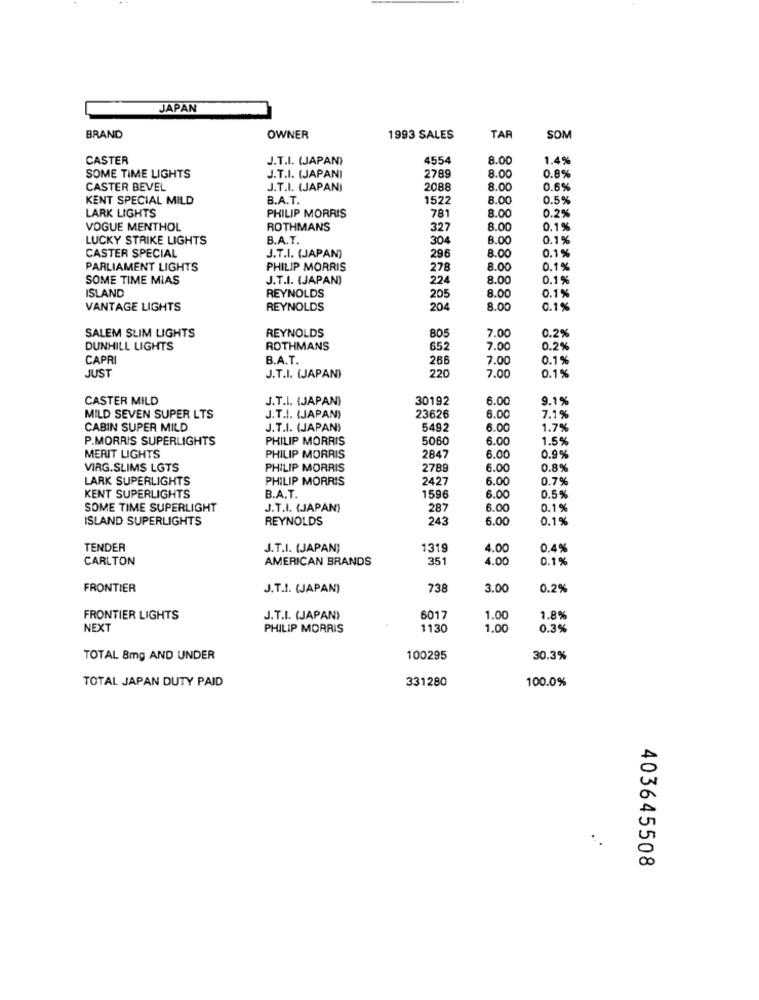
JAPAN
BRAND
OWNER
1993 SALES
TAR
SOM
CASTER
J.T.I. (JAPAN)
4554
8.00
1.4%
8.00
SOME TIME LIGHTS
J.T.I. (JAPANI
278
0.8%
CASTER BEVEL
J.T.I. (JAPAN)
2088
8.00
0.6%
KENT SPECIAL MILD
B.A.T.
1522
8.00
0.5%
LARK LIGHTS
PHILIP MORRIS
781
8.00
0.2%
VOGUE MENTHOL
ROTHMANS
327
8.00
0.1%
LUCKY STRIKE LIGHTS
B.A.T.
304
8.00
0.1%
0.1%
CASTER SPECIAL
J.T.I. (JAPAN)
296
8.00
PARLIAMENT LIGHTS
PHILIP MORRIS
278
8.00
0.1%
SOME TIME MIAS
J.T.I. (JAPAN)
224
8.00
0.1%
ISLAND
8.00
REYNOLDS
205
0.1%
VANTAGE LIGHTS
REYNOLDS
204
8.00
0.1%
REYNOLDS
805
SALEM SLIM LIGHTS
7.00
0.2%
DUNHILL LIGHTS
ROTHMANS
652
7.00
0.2%
CAPRI
B.A.T.
266
7.00
0.1%
JUST
220
7.00
0.1%
J.T.I. (JAPAN)
CASTER MILD
J.T.I. (JAPAN)
30192
6.0
9.1%
MILD SEVEN SUPER LTS
J.T.I. (JAPAN)
23626
6.00
7.1%
CABIN SUPER MILD
J.T.I. (JAPAN)
5492
6.0
1.7%
P.MORRIS SUPERLIGHTS
PHILIP MORRIS
5060
6.00
1.5%
MERIT LIGHTS
PHILIP MORRIS
2847
6.00
0.9%
VIRG.SLIMS LGTS
PHILIP MORRIS
2789
6.00
0.8%
LARK SUPERLIGHTS
PHILIP MORRIS
2427
6.0
0.79
KENT SUPERLIGHTS
B.A.T.
1596
6.0
0.5%
SOME TIME SUPERLIGHT
J.T.I. (JAPAN)
287
6.00
0.1%
ISLAND SUPERLIGHTS
REYNOLDS
243
6.00
0.1%
TENDER
J.T.I. (JAPAN)
1319
4.00
0.4%
CARLTON
AMERICAN BRANDS
351
4.00
0.1%
FRONTIER
J.T.I. (JAPAN)
738
3.00
0.2%
FRONTIER LIGHTS
J.T.I. (JAPAN)
6017
1.00
1.8%
NEXT
PHILIP MORRIS
1130
1.00
0.3%
TOTAL 8mg AND UNDER
100295
30.3%
TOTAL JAPAN DUTY PAID
331280
100.0%
403645508